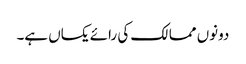
دونوں ممالک کی رائے یکساں ہے۔